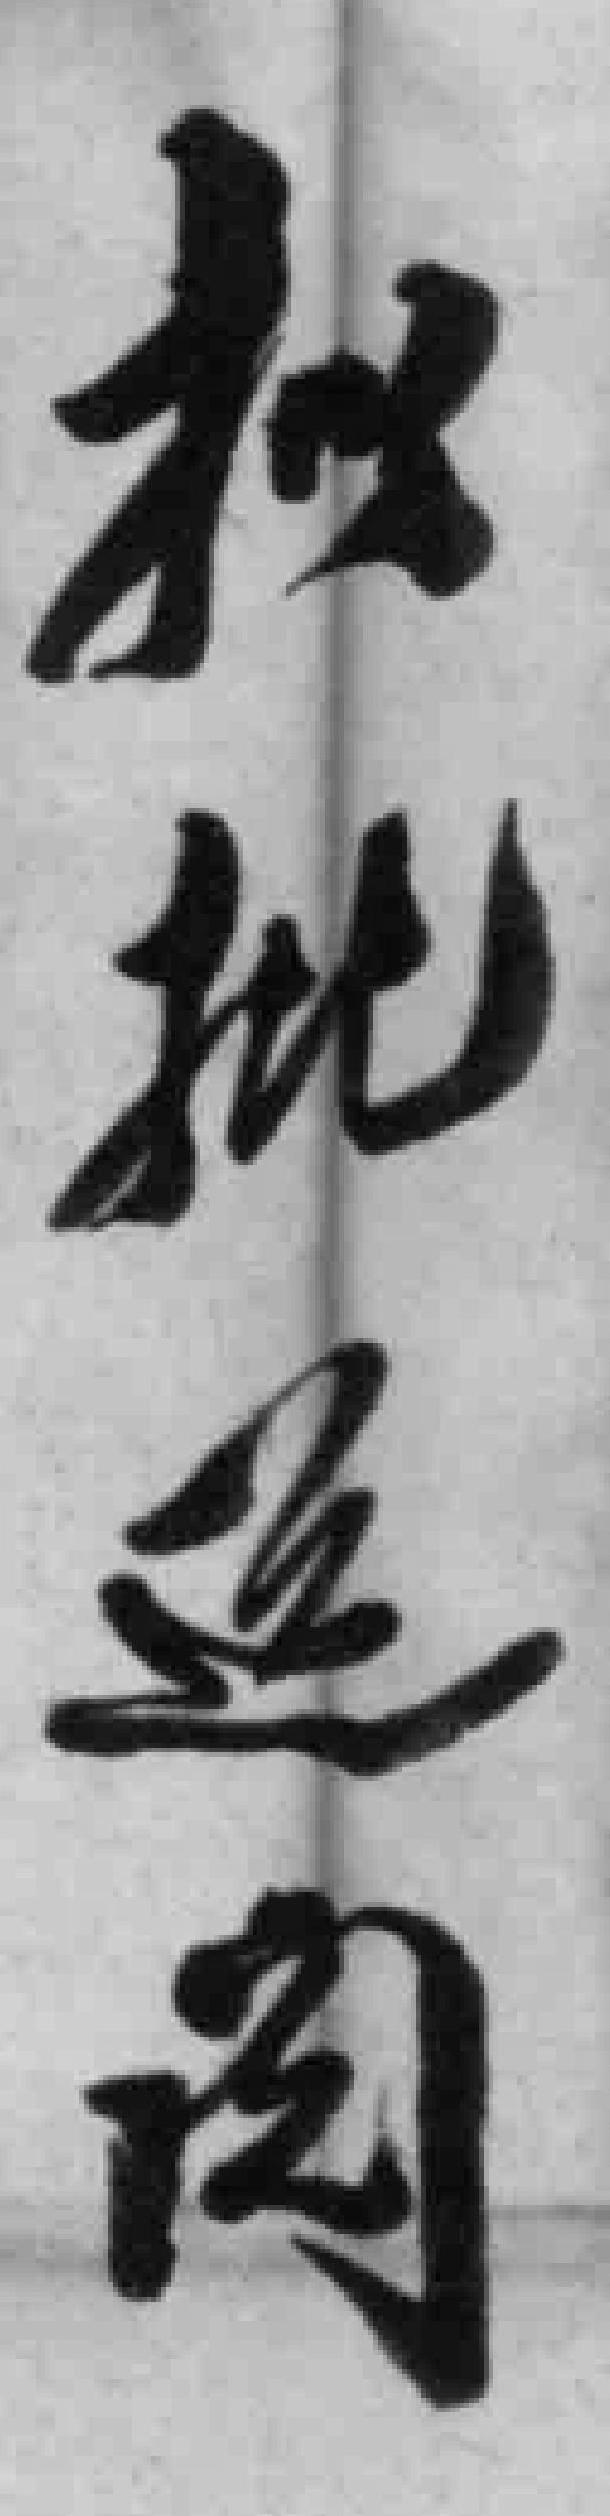
拟批送阅